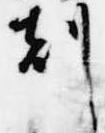
刻